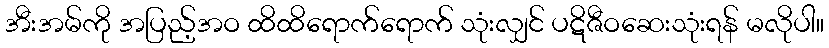
အီးအမ်ကို အပြည့်အဝ ထိထိရောက်ရောက် သုံးလျှင် ပဋိဇီဝဆေးသုံးရန် မလိုပါ။